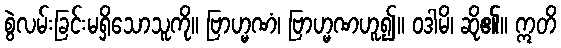
စွဲလမ်းခြင်းမရှိသောသူကို။ ဗြာဟ္မဏံ၊ ဗြာဟ္မဏဟူ၍။ ဝဒါမိ၊ ဆို၏။ ဣတိ